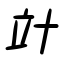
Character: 竍